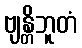
ဗျန္တိဘူတံ